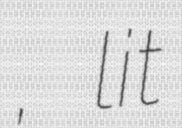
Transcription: Ключи́, lit